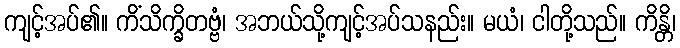
ကျင့်အပ်၏။ ကိံသိက္ခိတဗ္ဗံ၊ အဘယ်သို့ကျင့်အပ်သနည်း။ မယံ၊ ငါတို့သည်။ ကိန္တိ၊